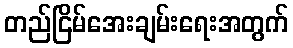
တည်ငြိမ်အေးချမ်းရေးအတွက်